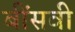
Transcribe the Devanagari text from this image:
बींसवी